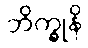
ဘိက္ခုနိ